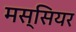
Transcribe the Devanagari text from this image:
मस्सियर